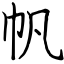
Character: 帆